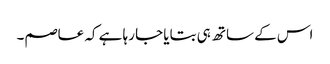
اس کے ساتھ ہی بتایا جا رہا ہے کہ عاصم۔